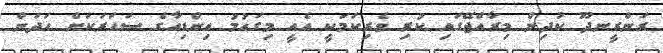
ރަންރީނދޫ ކުދިން މިރާއްޖޭގައި ކުރި ވެރިކަމަކީ އެއީ މިގައުމު އިންޑިއާގެ ސަހަރަކަށް ހަދަން